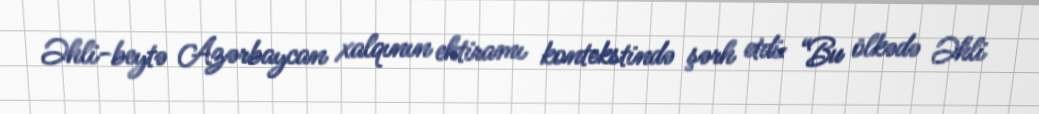
Əhli-beytə Azərbaycan xalqının ehtiramı kontekstində şərh etdi: “Bu ölkədə Əhli